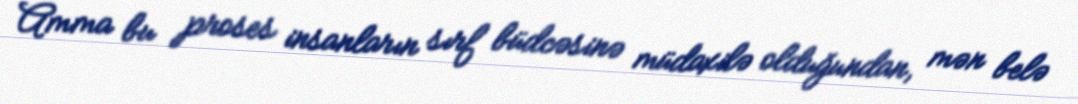
Amma bu proses insanların sırf büdcəsinə müdaxilə olduğundan, mən belə